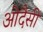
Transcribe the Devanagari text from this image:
ओदैसी